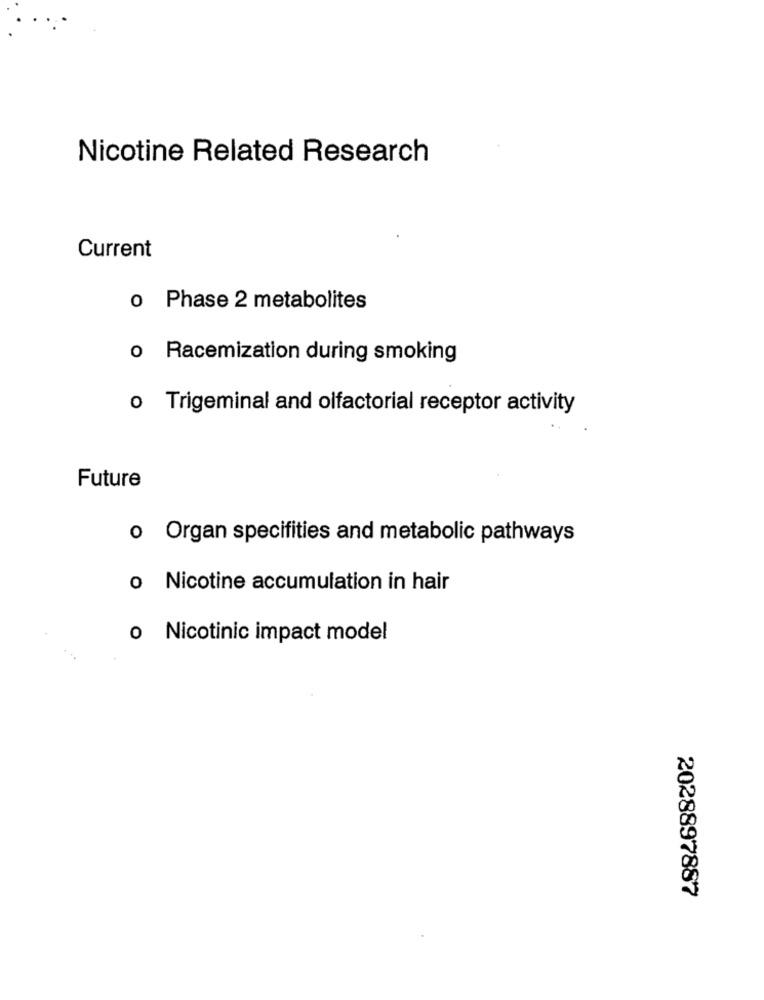
Nicotine Related Research
Current
o Phase 2 metabolites
o Racemization during smoking
o Trigeminal and olfactorial receptor activity
Future
o Organ specifities and metabolic pathways
o Nicotine accumulation in hair
o Nicotinic impact model
2028897887